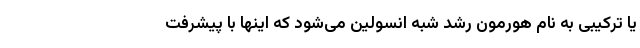
یا ترکیبی به نام هورمون رشد شبه انسولین می‌شود که اینها با پیشرفت